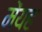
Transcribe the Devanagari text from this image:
मेंयह